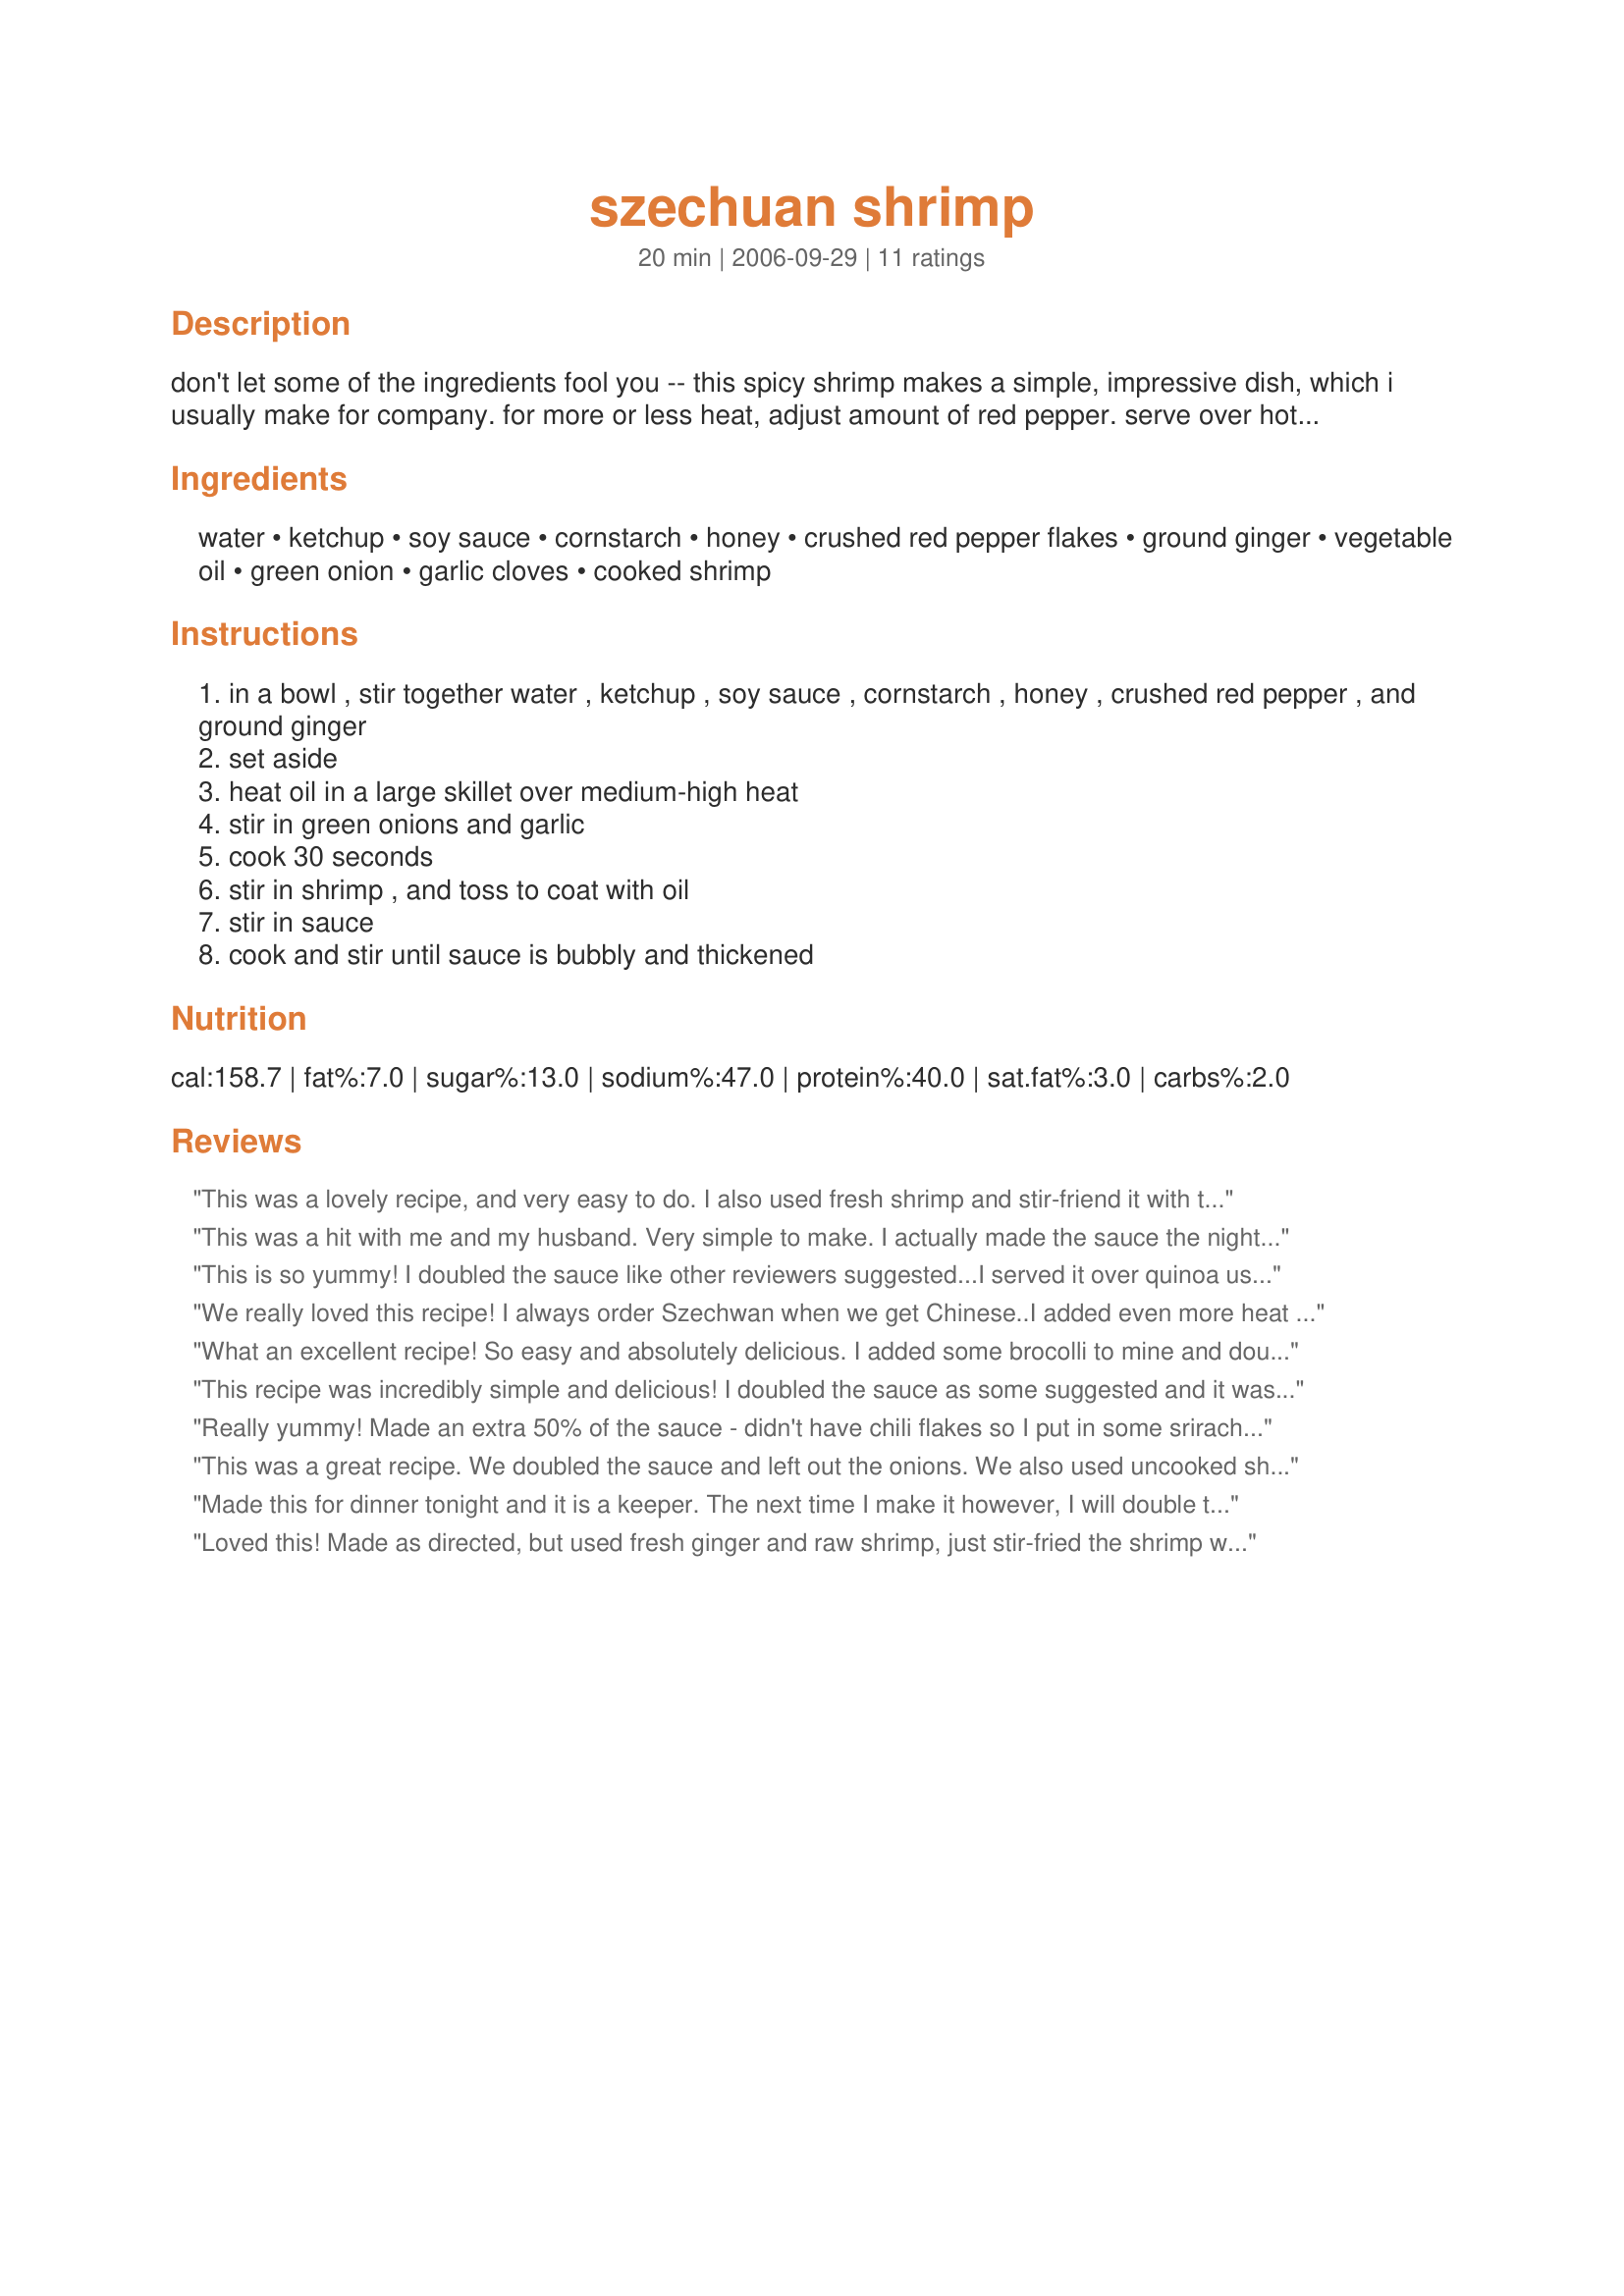
szechuan shrimp
Preparation time: 20 minutes

don't let some of the ingredients fool you -- this spicy shrimp makes a simple, impressive dish, which i usually make for company. for more or less heat, adjust amount of red pepper. serve over hot steamed rice.

Ingredients:
water, ketchup, soy sauce, cornstarch, honey, crushed red pepper flakes, ground ginger, vegetable oil, green onion, garlic cloves, cooked shrimp

Steps:
in a bowl , stir together water , ketchup , soy sauce , cornstarch , honey , crushed red pepper , and ground ginger
set aside
heat oil in a large skillet over medium-high heat
stir in green onions and garlic
cook 30 seconds
stir in shrimp , and toss to coat with oil
stir in sauce
cook and stir until sauce is bubbly and thickened

Reviews:
This was a lovely recipe, and very easy to do. I also used fresh shrimp and stir-friend it with the green onions and garlic before adding the sauce. It wasn't the recipe I was searching for -- my local Chinese restaurant served a Szechuan shrimp with a very tangy tomato sauce, but it was a nice change.
This was a hit with me and my husband. Very simple to make. I actually made the sauce the night before and refrigerated it to save time. We served it with rice and a side of steamed broccoli. Thanks for sharing!
This is so yummy! I doubled the sauce like other reviewers suggested...I served it over quinoa using recipe #235534 and a side of steamed broccoli for an excellent meal...I also used fresh minced ginger instead of the powder stuff...made for "Help a Naked Recipe" tag game for recipes without photos...
We really loved this recipe! I always order Szechwan when we get Chinese..I added even more heat but wow so so so good! Even Hubby liked it and he's never ordered it.. I added a mix of stir-fry veggies and put it on steamed rice..next time noodles! :) Thanks so much!
What an excellent recipe! So easy and absolutely delicious. I added some brocolli to mine and doubled the ingredients for the sauce as per Gloria in Tampa's suggestion. I served this dish on a bed of Vermicelli noodles. Will definely prepare this dish on a regular basis.
This recipe was incredibly simple and delicious! I doubled the sauce as some suggested and it was the perfect amount. Also I added broccoli but otherwise went strictly by the recipe. I might use a little less crushed pepper next time, but it wasnt unbearably spicy. Yum!
Really yummy! Made an extra 50% of the sauce - didn't have chili flakes so I put in some sriracha hot sauce and served it over quinoa!
This was a great recipe. We doubled the sauce and left out the onions. We also used uncooked shrimp with the tails still on. We served it with white rice from the rice cooker. Fantastic! 
We might try it with tofu or chicken as the sauce was so tasty and would probably go well with either one.
Made this for dinner tonight and it is a keeper. The next time I make it however, I will double the sauce portion. The sauce is fantastic and should be also good with chicken. Perhaps chopped fresh Coriander would be a good topper. I served this with Basmati Rice cooked in Chicken broth with lemon juice and grated lemon rind. Great combination.
Loved this! Made as directed, but used fresh ginger and raw shrimp, just stir-fried the shrimp with the onion and garlic for about 5 minutes until just done, then added sauce to heat through. Really easy and quick - a keeper for me.
Great & Easy ! It will be a regular standby at our house. THANKS
